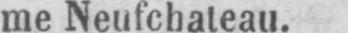
me Neufchateau.